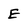
Character: E